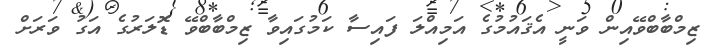
ޒިމްބާބްވޭއިން ވަނީ އެޤައުމުގެ އަމިއްލަ ފައިސާ ކަމުގައިވާ ޒިމްބާބްވޭ ޑޮލަރުގެ އަގު ވަރަށް